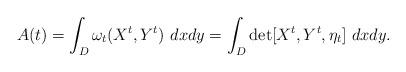
LaTeX: \begin{align*} A(t) = \int_D\omega_t(X^t,Y^t) \ dxdy = \int_D\mathrm{det}[X^t,Y^t,\eta_t] \ dxdy.\end{align*}